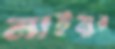
নাইমুর